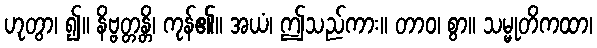
ဟုတွာ၊ ၍။ နိဗ္ဗတ္တန္တိ၊ ကုန်၏။ အယံ၊ ဤသည်ကား။ တာဝ၊ စွာ။ သမ္မုတိကထာ၊